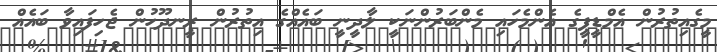
މީގެއިތުރުން އެމްޑީޕީގެ އެންމެހައި މެންބަރުންނަކީ ލާދީނީ ބައެއްގެ އިތުރުން ރީނދޫހުން ޖެހިފައިވާ ބައެއް